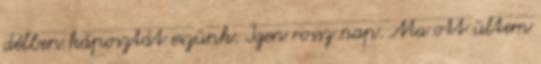
délben káposztát eszünk. Igen rossz nap. Ma ott ültem